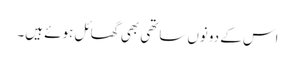
اس کے دونوں ساتھی بھی گھائل ہوئے ہیں۔